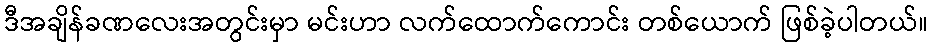
ဒီအချိန်ခဏလေးအတွင်းမှာ မင်းဟာ လက်ထောက်ကောင်း တစ်ယောက် ဖြစ်ခဲ့ပါတယ်။